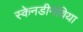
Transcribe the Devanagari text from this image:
स्केनडीनेविया